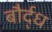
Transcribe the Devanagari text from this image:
बौर्द्ध